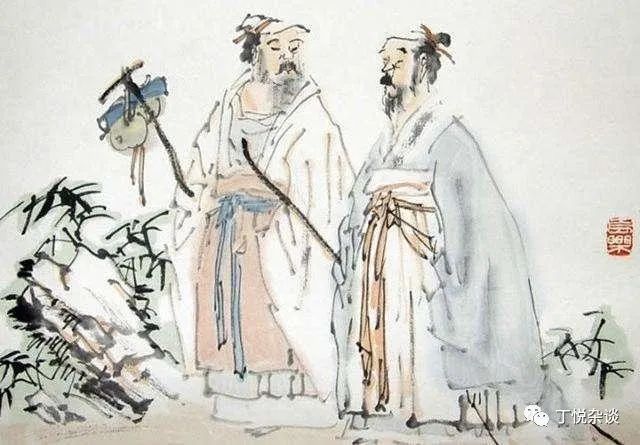
君子崇人之德，扬人之美，非谄谀也正义直指，举人之过，非毁疵也。